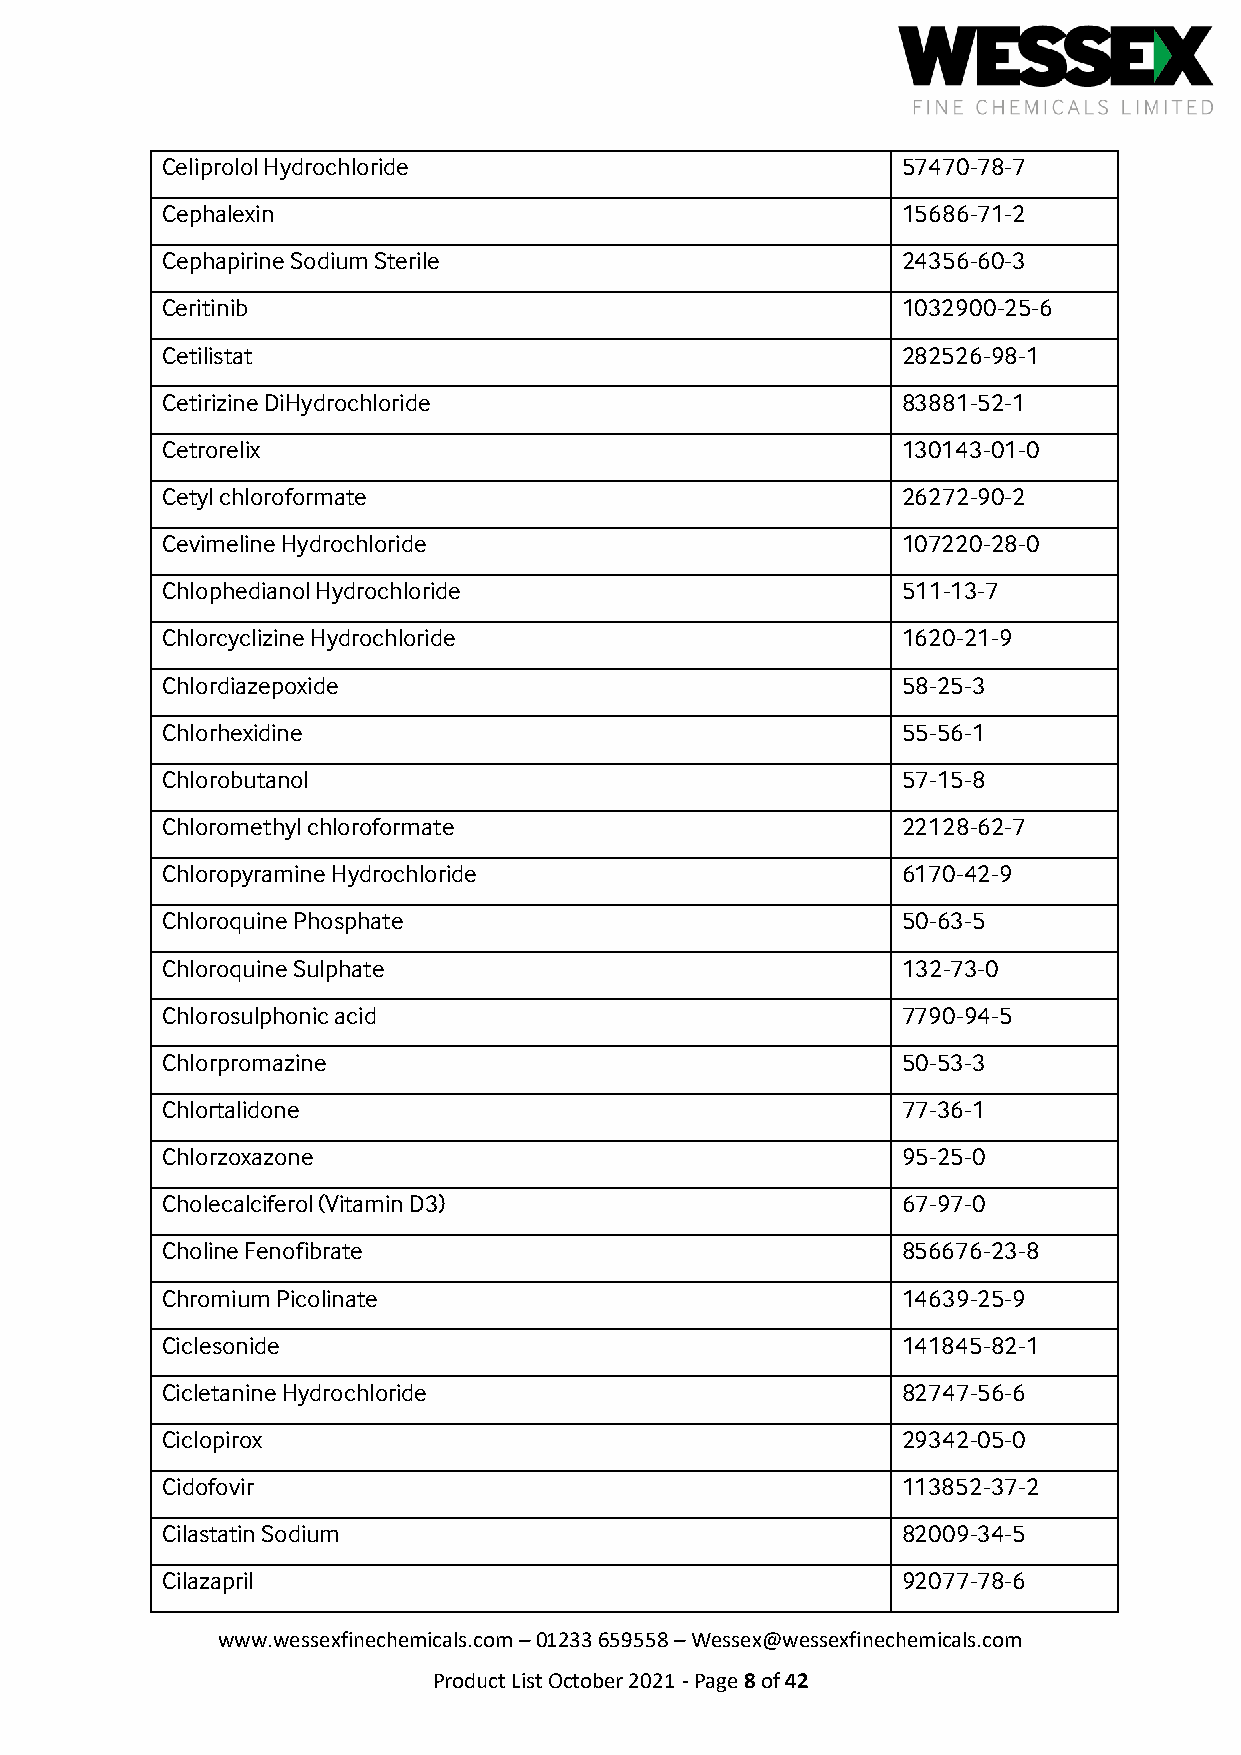
Celiprolol Hydrochloride                         57470-78-7
 Cephalexin                                       15686-71-2
 Cephapirine Sodium Sterile                       24356-60-3
 Ceritinib                                        1032900-25-6
 Cetilistat                                       282526-98-1
 Cetirizine DiHydrochloride                       83881-52-1
 Cetrorelix                                       130143-01-0
 Cetyl chloroformate                              26272-90-2
 Cevimeline Hydrochloride                         107220-28-0
 Chlophedianol Hydrochloride                      511-13-7
 Chlorcyclizine Hydrochloride                     1620-21-9
 Chlordiazepoxide                                 58-25-3
 Chlorhexidine                                    55-56-1
 Chlorobutanol                                    57-15-8
 Chloromethyl chloroformate                       22128-62-7
 Chloropyramine Hydrochloride                     6170-42-9
 Chloroquine Phosphate                            50-63-5
 Chloroquine Sulphate                             132-73-0
 Chlorosulphonic acid                             7790-94-5
 Chlorpromazine                                   50-53-3
 Chlortalidone                                    77-36-1
 Chlorzoxazone                                    95-25-0
 Cholecalciferol (Vitamin D3)                     67-97-0
 Choline Fenofibrate                              856676-23-8
 Chromium Picolinate                              14639-25-9
 Ciclesonide                                      141845-82-1
 Cicletanine Hydrochloride                        82747-56-6
 Ciclopirox                                       29342-05-0
 Cidofovir                                        113852-37-2
 Cilastatin Sodium                                82009-34-5
 Cilazapril                                       92077-78-6
 www.wessexfinechemicals.com – 01233 659558 – Wessex@wessexfinechemicals.com
 Product List October 2021 - Page 8 of 42